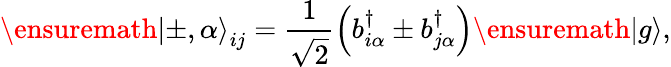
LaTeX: \ensuremath{|\pm,\alpha\rangle}_{ij}=\frac{1}{\sqrt{2}}\left(b_{i\alpha}^{\dagger}\pm b_{j\alpha}^{\dagger}\right)\ensuremath{|g\rangle},